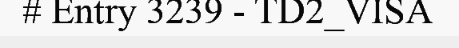
# Entry 3239 - TD2_VISA